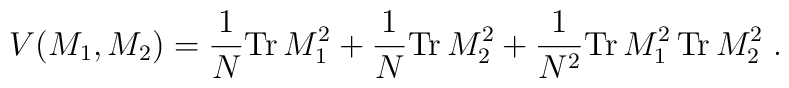
V(M_1 ,M_2  )  = \frac{1}{N} \mbox{Tr} \, M_1^2   + \frac{1}{N} \mbox{Tr}  \,M_2^2 +\frac{1}{N^2 } \mbox{Tr} \, M_1^2 \, \mbox{Tr} \, M_2^2 \; .